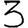
Digit: 3